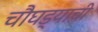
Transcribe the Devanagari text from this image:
चौघड्याची